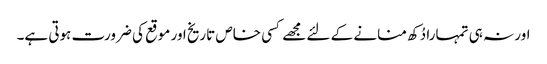
اور نہ ہی تمہارا دُکھ منانے کے لئے مجھے کسی خاص تاریخ اور موقع کی ضرورت ہوتی ہے۔